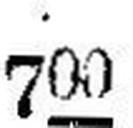
700